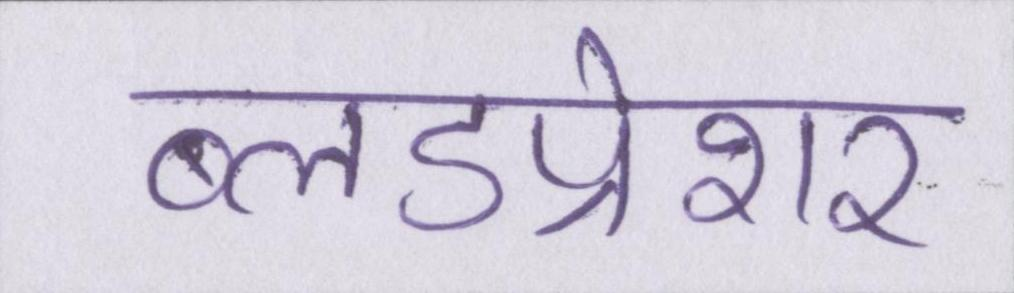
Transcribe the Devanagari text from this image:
ब्लडप्रेशर